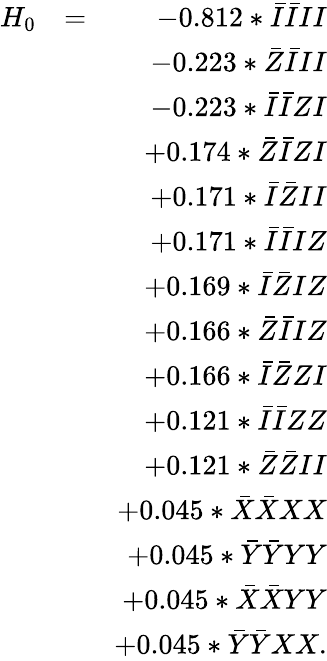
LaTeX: \begin{array}{rlr}{H_{0}}&{=}&{-0.812*\bar{I}\bar{I}II}\\ &{}&{-0.223*\bar{Z}\bar{I}II}\\ &{}&{-0.223*\bar{I}\bar{I}ZI}\\ &{}&{+0.174*\bar{Z}\bar{I}ZI}\\ &{}&{+0.171*\bar{I}\bar{Z}II}\\ &{}&{+0.171*\bar{I}\bar{I}IZ}\\ &{}&{+0.169*\bar{I}\bar{Z}IZ}\\ &{}&{+0.166*\bar{Z}\bar{I}IZ}\\ &{}&{+0.166*\bar{I}\bar{Z}ZI}\\ &{}&{+0.121*\bar{I}\bar{I}ZZ}\\ &{}&{+0.121*\bar{Z}\bar{Z}II}\\ &{}&{+0.045*\bar{X}\bar{X}XX}\\ &{}&{+0.045*\bar{Y}\bar{Y}YY}\\ &{}&{+0.045*\bar{X}\bar{X}YY}\\ &{}&{+0.045*\bar{Y}\bar{Y}XX.}\end{array}